Statistical return of the lunatic asylum in Assam - 1912-1932
Year: 1912
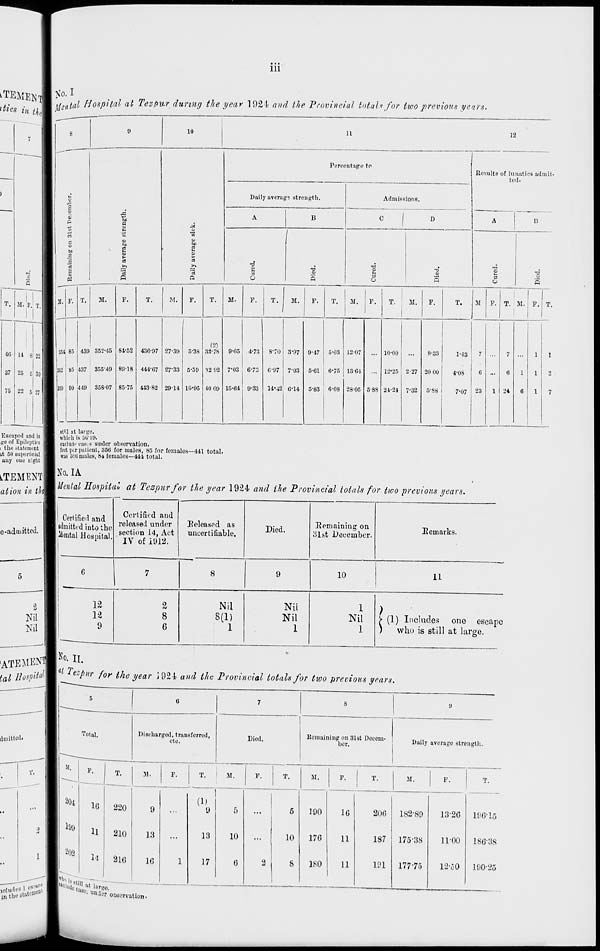
Ill
•TEMEN' No- 1
ifa-ital Hospital at Tezftur during the year 1924 and the Provincial totals for two previous years.
10
11
12
a
it
P
r.
o
to
to
a
to
a
>
es
>?
"3
P
Percentage to
Daily average strength.
<u
I
B
3
Admissions.
Results of lunatics admit-
ted.
D
3
M. P. ! T.
40 14 8 >M
37 25 6 ■ M
76 23 5 27
M. F. T.
M.
P.
T.
M.
P.
85 439 853*46
I
85 437 355-49
80 W49 35807
81-52
80*18
85-75
430-97
44-1-07
•143-82
27-39
27-33
2914
5-38
5-59
10-95
(2)
83-78
S2 92
40 09
M.
F.
T.
M.
T.
M.
P.
T.
M.
T.
M P. T. M.
9-05 4-73
7*03 6-73
15-04 9-33
8-70 3-97
C-97 7-03
14*42 6-14
9-47
5-61
5-83
5-03
6-75
0-08
12-07
13-04
28-05 5-8S
10-00
12-25
21-21
2-27
7-32
8-33
1-43
7
20 00 j
4-08
5-88 i
7-07 28
Escaped and is
,ge of Epileptics
i the statement
it 50 superficial
any one night
k/TEMENTl
at ion in th
e-adiuitted.
it'll at large.
which is 80-19.
eiclurii- cases under observation.
feet per patient, 350 for males, 85 for females—441 total.
2
Nil
Nil
1 was auumaies, 04 iemuies—<t<n loiai.
No. IA
|rt/t?H/W Hospital at Tezpnr for the year 192 4- and the Provincial totals for two previous years.
I
Certified and
idmitted into the
Mental Hospital.
Certified and
released under
section 14, Act
IV of 1U12.
[Released as
uncertifiable.
Died.
[Remaining on
31st December.
Eemarks.
1
6
7
8
9
10
11
12
12
9
2
8
6
Nil
8(1)
1
Nil
Nil
1
1
Nil
1
> (1) Includes one escape
)
wlii) is still at large.
11 Hospital^ lezpur for the year J92A and the Provincial totals for two previous years.
ilmitted.
Total.
Discharged, transferred,
etc.
Died.
Remaining on 31st Decem-
ber.
Daily average strength.
204
199
202
1G
U
1-1
T.
220
210
816
|,l l , '' S tat''S l
in the"'-' 1 ■
C^l-itiii
31.
9
13
1G
P.
T.
M.
T.
M.
P.
(1)
13
17
10
10
190
176
180
1G
11
11
T.
1
M.
P.
20G
182-89
13-26
187 175-38
11-00
191 177-75
l:K-0
lD61f
18G-3S
190-25
■' °ase
- u »lcr observation-